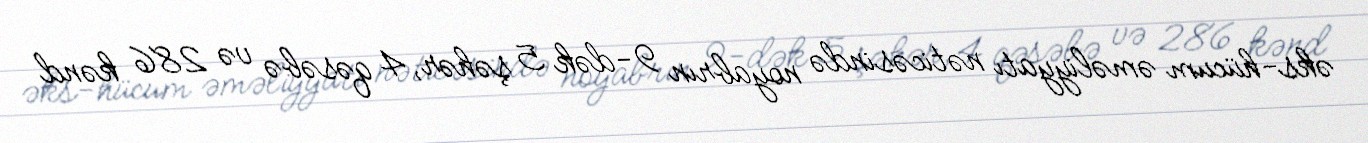
əks-hücum əməliyyatı nəticəsində noyabrın 9-dək 5 şəhər, 4 qəsəbə və 286 kənd